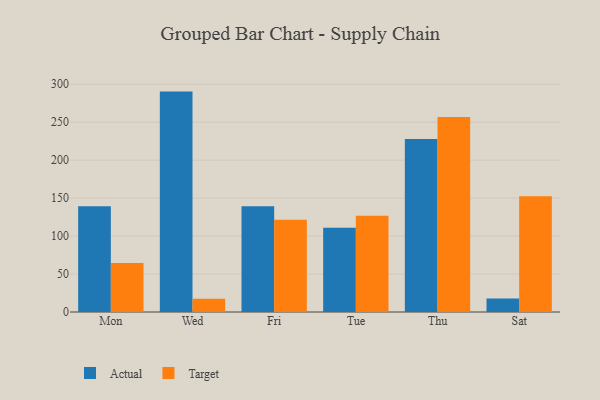
{"axis": {"x": "Day", "y": "Headcount"}, "legend": ["Actual", "Target"], "data": [{"x": "Mon", "y": 139.2, "type": "Actual"}, {"x": "Mon", "y": 64.4, "type": "Target"}, {"x": "Wed", "y": 290.3, "type": "Actual"}, {"x": "Wed", "y": 17.4, "type": "Target"}, {"x": "Fri", "y": 139.4, "type": "Actual"}, {"x": "Fri", "y": 121.5, "type": "Target"}, {"x": "Tue", "y": 111.1, "type": "Actual"}, {"x": "Tue", "y": 126.8, "type": "Target"}, {"x": "Thu", "y": 227.9, "type": "Actual"}, {"x": "Thu", "y": 257.0, "type": "Target"}, {"x": "Sat", "y": 17.8, "type": "Actual"}, {"x": "Sat", "y": 152.5, "type": "Target"}]}